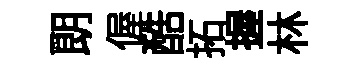
朗偓酷拓握林